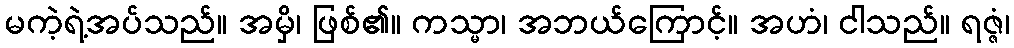
မကဲ့ရဲ့အပ်သည်။ အမှိ၊ ဖြစ်၏။ ကသ္မာ၊ အဘယ်ကြောင့်။ အဟံ၊ ငါသည်။ ရဇ္ဇံ၊